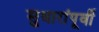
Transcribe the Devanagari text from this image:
सुधारांपूर्वी